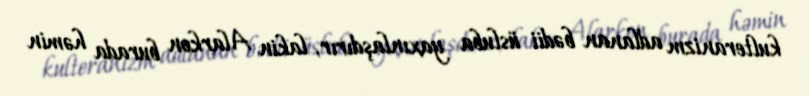
kulteranizm adlanan bədii üsluba yaxınlaşdırır, lakin Alarkon burada həmin